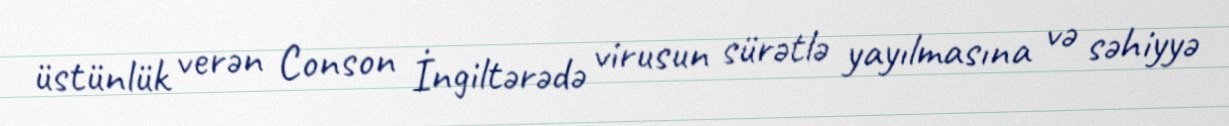
üstünlük verən Conson İngiltərədə virusun sürətlə yayılmasına və səhiyyə